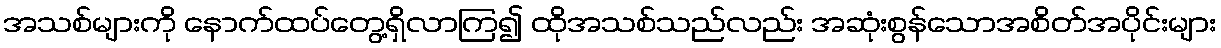
အသစ်များကို နောက်ထပ်တွေ့ရှိလာကြ၍ ထိုအသစ်သည်လည်း အဆုံးစွန်သောအစိတ်အပိုင်းများ